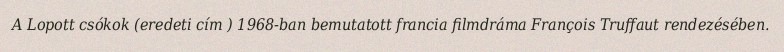
A Lopott csókok (eredeti cím ) 1968-ban bemutatott francia filmdráma François Truffaut rendezésében.